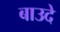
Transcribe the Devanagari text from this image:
बाउदे